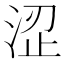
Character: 涩